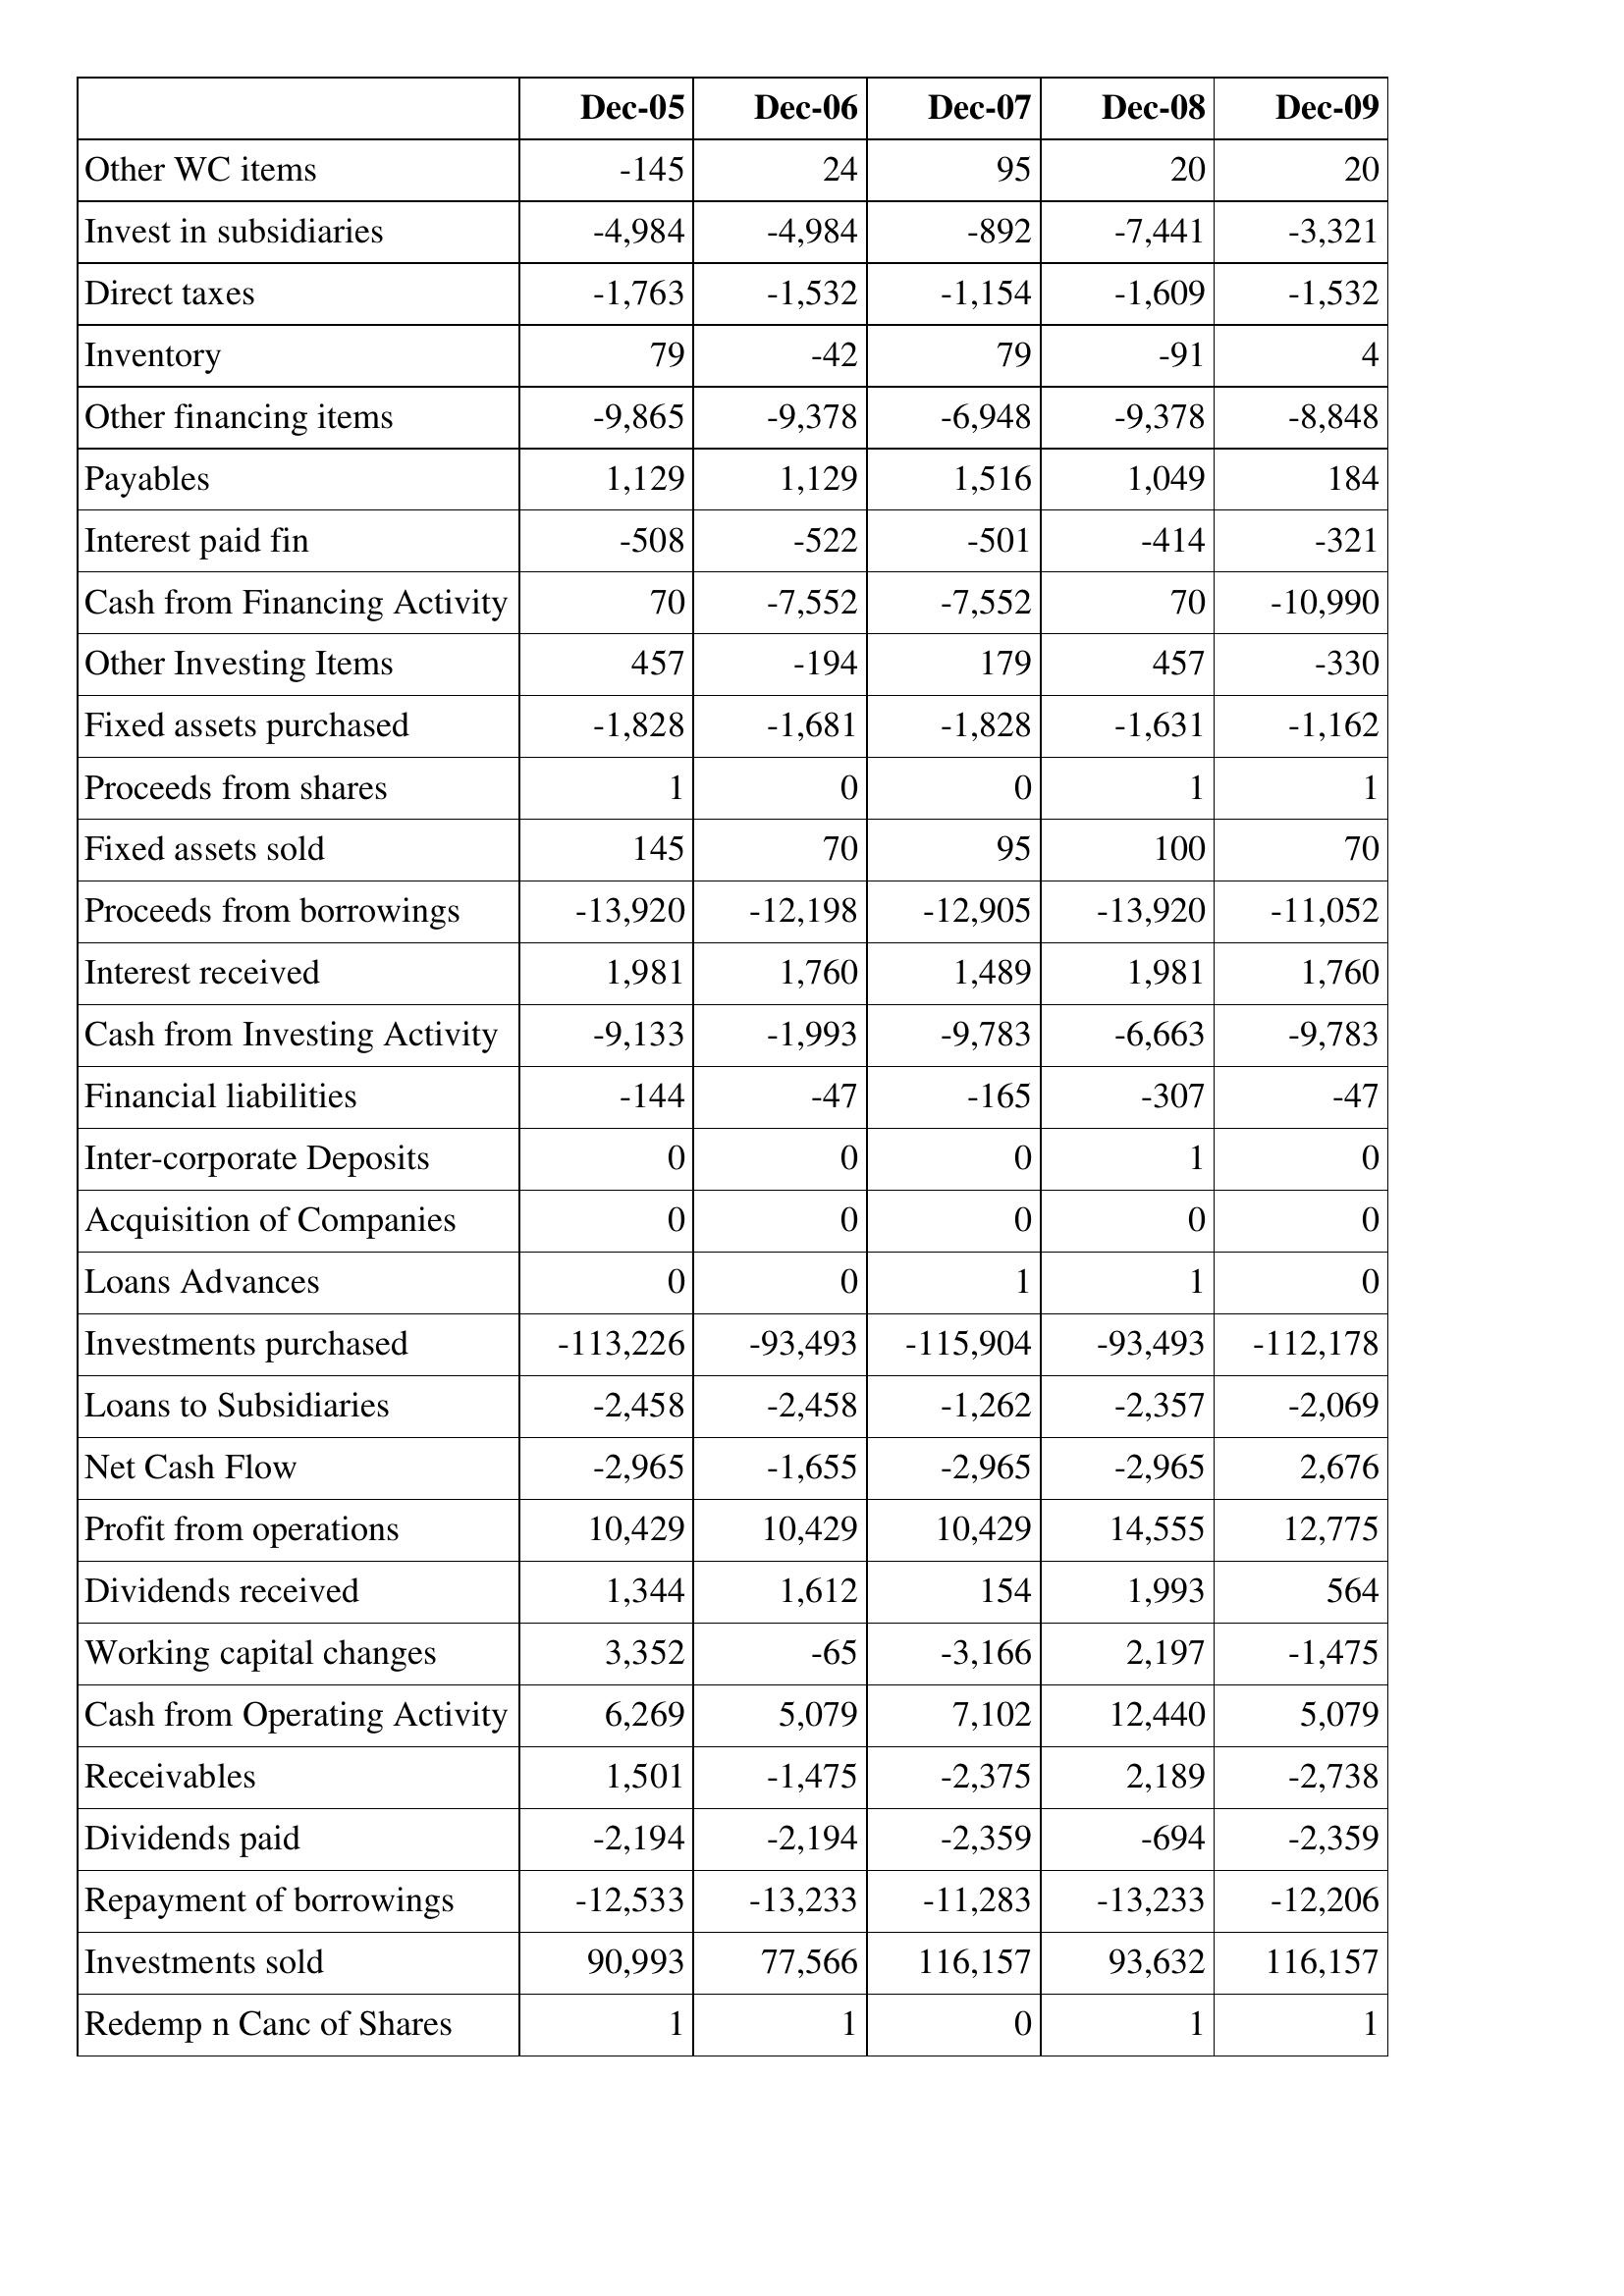
Dec-05: Cash Flows: Other WC items: -145
Invest in subsidiaries: -4,984
Direct taxes: -1,763
Inventory: 79
Other financing items: -9,865
Payables: 1,129
Interest paid fin: -508
Cash from Financing Activity: 70
Other Investing Items: 457
Fixed assets purchased: -1,828
Proceeds from shares: 1
Fixed assets sold: 145
Proceeds from borrowings: -13,920
Interest received: 1,981
Cash from Investing Activity: -9,133
Financial liabilities: -144
Inter-corporate Deposits: 0
Acquisition of Companies: 0
Loans Advances: 0
Investments purchased: -113,226
Loans to Subsidiaries: -2,458
Net Cash Flow: -2,965
Profit from operations: 10,429
Dividends received: 1,344
Working capital changes: 3,352
Cash from Operating Activity: 6,269
Receivables: 1,501
Dividends paid: -2,194
Repayment of borrowings: -12,533
Investments sold: 90,993
Redemp n Canc of Shares: 1
Dec-06: Cash Flows: Other WC items: 24
Invest in subsidiaries: -4,984
Direct taxes: -1,532
Inventory: -42
Other financing items: -9,378
Payables: 1,129
Interest paid fin: -522
Cash from Financing Activity: -7,552
Other Investing Items: -194
Fixed assets purchased: -1,681
Proceeds from shares: 0
Fixed assets sold: 70
Proceeds from borrowings: -12,198
Interest received: 1,760
Cash from Investing Activity: -1,993
Financial liabilities: -47
Inter-corporate Deposits: 0
Acquisition of Companies: 0
Loans Advances: 0
Investments purchased: -93,493
Loans to Subsidiaries: -2,458
Net Cash Flow: -1,655
Profit from operations: 10,429
Dividends received: 1,612
Working capital changes: -65
Cash from Operating Activity: 5,079
Receivables: -1,475
Dividends paid: -2,194
Repayment of borrowings: -13,233
Investments sold: 77,566
Redemp n Canc of Shares: 1
Dec-07: Cash Flows: Other WC items: 95
Invest in subsidiaries: -892
Direct taxes: -1,154
Inventory: 79
Other financing items: -6,948
Payables: 1,516
Interest paid fin: -501
Cash from Financing Activity: -7,552
Other Investing Items: 179
Fixed assets purchased: -1,828
Proceeds from shares: 0
Fixed assets sold: 95
Proceeds from borrowings: -12,905
Interest received: 1,489
Cash from Investing Activity: -9,783
Financial liabilities: -165
Inter-corporate Deposits: 0
Acquisition of Companies: 0
Loans Advances: 1
Investments purchased: -115,904
Loans to Subsidiaries: -1,262
Net Cash Flow: -2,965
Profit from operations: 10,429
Dividends received: 154
Working capital changes: -3,166
Cash from Operating Activity: 7,102
Receivables: -2,375
Dividends paid: -2,359
Repayment of borrowings: -11,283
Investments sold: 116,157
Redemp n Canc of Shares: 0
Dec-08: Cash Flows: Other WC items: 20
Invest in subsidiaries: -7,441
Direct taxes: -1,609
Inventory: -91
Other financing items: -9,378
Payables: 1,049
Interest paid fin: -414
Cash from Financing Activity: 70
Other Investing Items: 457
Fixed assets purchased: -1,631
Proceeds from shares: 1
Fixed assets sold: 100
Proceeds from borrowings: -13,920
Interest received: 1,981
Cash from Investing Activity: -6,663
Financial liabilities: -307
Inter-corporate Deposits: 1
Acquisition of Companies: 0
Loans Advances: 1
Investments purchased: -93,493
Loans to Subsidiaries: -2,357
Net Cash Flow: -2,965
Profit from operations: 14,555
Dividends received: 1,993
Working capital changes: 2,197
Cash from Operating Activity: 12,440
Receivables: 2,189
Dividends paid: -694
Repayment of borrowings: -13,233
Investments sold: 93,632
Redemp n Canc of Shares: 1
Dec-09: Cash Flows: Other WC items: 20
Invest in subsidiaries: -3,321
Direct taxes: -1,532
Inventory: 4
Other financing items: -8,848
Payables: 184
Interest paid fin: -321
Cash from Financing Activity: -10,990
Other Investing Items: -330
Fixed assets purchased: -1,162
Proceeds from shares: 1
Fixed assets sold: 70
Proceeds from borrowings: -11,052
Interest received: 1,760
Cash from Investing Activity: -9,783
Financial liabilities: -47
Inter-corporate Deposits: 0
Acquisition of Companies: 0
Loans Advances: 0
Investments purchased: -112,178
Loans to Subsidiaries: -2,069
Net Cash Flow: 2,676
Profit from operations: 12,775
Dividends received: 564
Working capital changes: -1,475
Cash from Operating Activity: 5,079
Receivables: -2,738
Dividends paid: -2,359
Repayment of borrowings: -12,206
Investments sold: 116,157
Redemp n Canc of Shares: 1